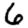
Digit: 6